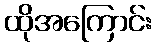
ထိုအကြောင်း